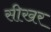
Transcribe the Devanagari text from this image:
सीखर